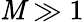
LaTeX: \mathit{M}\gg1